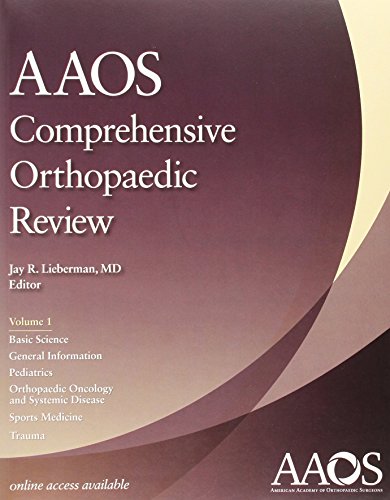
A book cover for AAOS Comprehensive Orthopaedic Review (2 Volume set and Study Guide); Jay R. Lieberman MD; Test Preparation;